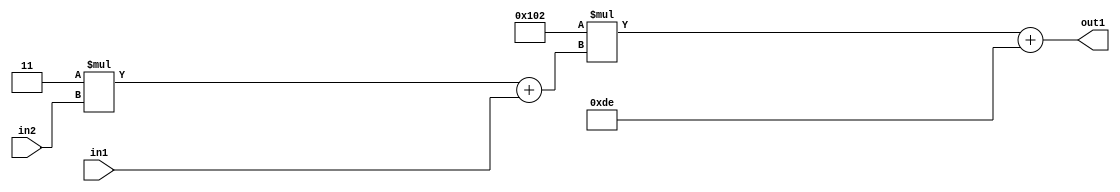
`timescale 1ps / 1ps
/*****************************************************************************
    Verilog RTL Description
    
    
    Created by: Stratus DpOpt 2019.1.01 
*******************************************************************************/

module DC_Filter_Add2i222Mul2i258Add2u1Mul2i3u2_1 (
	in2,
	in1,
	out1
	); /* architecture "behavioural" */ 
input [1:0] in2;
input  in1;
output [11:0] out1;
wire [11:0] asc001;
wire [3:0] asc002;

wire [3:0] asc002_tmp_0;
assign asc002_tmp_0 = 
	+(4'B0011 * in2);
assign asc002 = asc002_tmp_0
	+(in1);

wire [11:0] asc001_tmp_1;
assign asc001_tmp_1 = 
	+(12'B000100000010 * asc002);
assign asc001 = asc001_tmp_1
	+(12'B000011011110);

assign out1 = asc001;
endmodule

/* CADENCE  v7XzQw0= : u9/ySgnWtBlWxVPRXgAZ4Og= ** DO NOT EDIT THIS LINE ******/